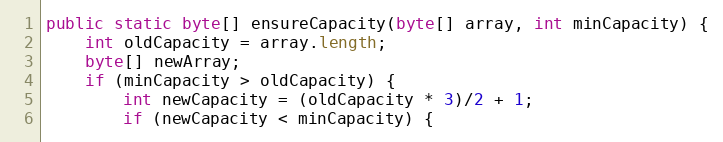
Language: Java
public static byte[] ensureCapacity(byte[] array, int minCapacity) {
	int oldCapacity = array.length;
	byte[] newArray;
	if (minCapacity > oldCapacity) {
	    int newCapacity = (oldCapacity * 3)/2 + 1;
		if (newCapacity < minCapacity) {